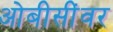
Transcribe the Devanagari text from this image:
ओबीसींवर